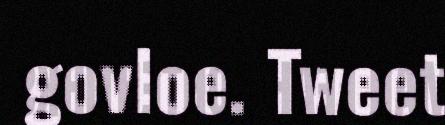
govloe. Tweet